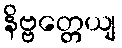
နိဗ္ဗတ္တေယျ